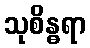
သုစိန္ဓရာ